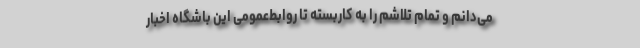
می‌دانم و تمام تلاشم را به کاربسته تا روابط‌عمومی این باشگاه اخبار